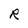
Character: R